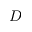
D